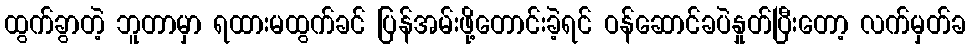
ထွက်ခွာတဲ့ ဘူတာမှာ ရထားမထွက်ခင် ပြန်အမ်းဖို့တောင်းခဲ့ရင် ဝန်ဆောင်ခပဲနှုတ်ပြီးတော့ လက်မှတ်ခ